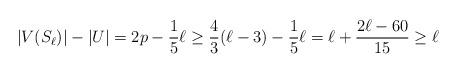
LaTeX: \begin{align*}|V(S_\ell)| - |U| =2p-\frac 1 5 \ell \ge \frac 4 3 (\ell-3) - \frac 1 5 \ell = \ell + \frac{2\ell - 60}{15} \ge \ell\end{align*}